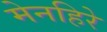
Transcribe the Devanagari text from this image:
मेनहिरे